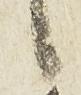
候